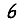
Digit: 6